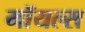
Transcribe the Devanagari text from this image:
मॉयल्स